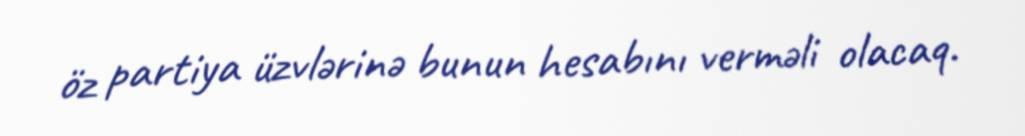
öz partiya üzvlərinə bunun hesabını verməli olacaq.